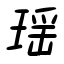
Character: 瑶